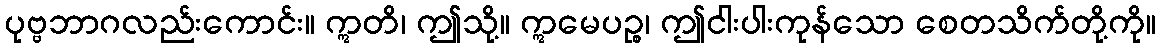
ပုဗ္ဗဘာဂလည်းကောင်း။ ဣတိ၊ ဤသို့။ ဣမေပဉ္စ၊ ဤငါးပါးကုန်သော စေတသိက်တို့ကို။